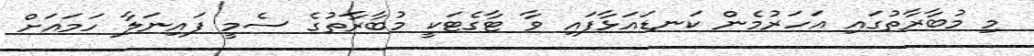
މި މުބާރާތުގައި އަހަރުމެން ކަނޑައަޅާފައި ވާ ޓާގެޓަކީ މުބާރާތުގެ ސެމީ ފައިނަލާ ހަމައަށް